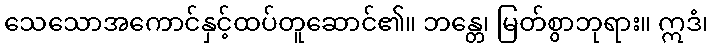
သေသောအကောင်နှင့်ထပ်တူဆောင်၏။ ဘန္တေ၊ မြတ်စွာဘုရား။ ဣဒံ၊